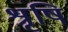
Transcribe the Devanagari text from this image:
श्रृषि